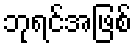
ဘုရင်အဖြစ်